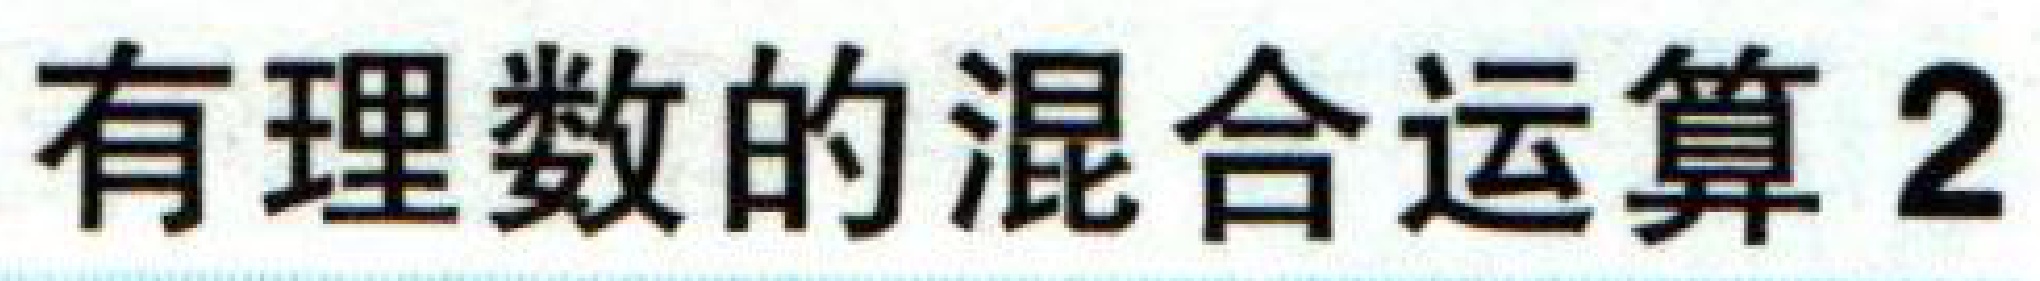
有理数的混合运算 2